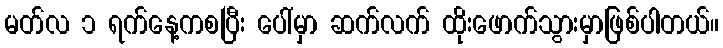
မတ်လ ၁ ရက်နေ့ကစပြီး ပေါ်မှာ ဆက်လက် ထိုးဖောက်သွားမှာဖြစ်ပါတယ်။